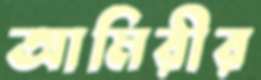
আমিরীর